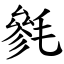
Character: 毿